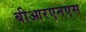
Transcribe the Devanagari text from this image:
बीआरएनएस